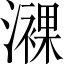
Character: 𤁖